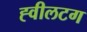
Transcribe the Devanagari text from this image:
ह्वीलटग